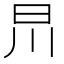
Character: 𣅕